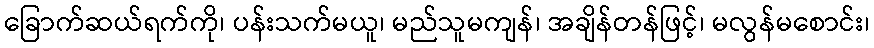
ခြောက်ဆယ်ရက်ကို၊ ပန်းသက်မယူ၊ မည်သူမကျန်၊ အချိန်တန်ဖြင့်၊ မလွန်မစောင်း၊